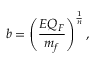
b = \left( { \frac { E Q _ { F } } { m _ { f } } } \right) ^ { \frac { 1 } { n } } ,